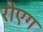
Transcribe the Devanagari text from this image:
रोएग